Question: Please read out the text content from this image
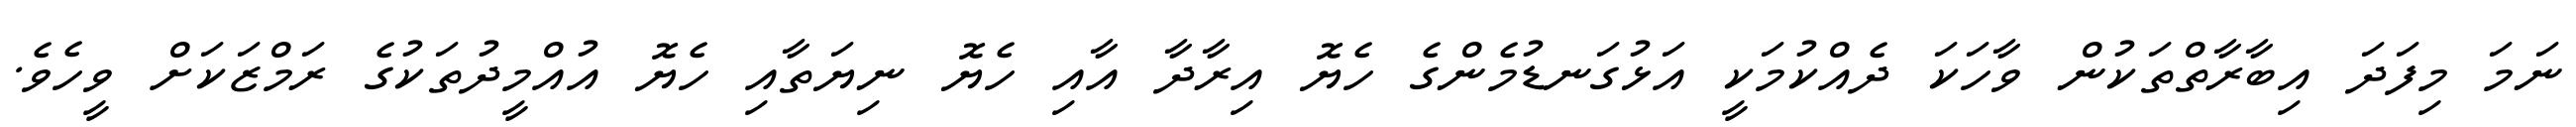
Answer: ނަމަ މިފަދަ އިބާރާތްތަކުން ވާހަކަ ދެއްކުމަކީ އަޅުގަނޑުމެންގެ ހެޔޮ އިރާދާ އާއި ހެޔޮ ނިޔަތާއި ހެޔޮ އުއްމީދުތަކުގެ ރަމްޒަކަށް ވީހެވެ.